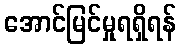
အောင်မြင်မှုရရှိရန်